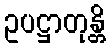
ဥပဋ္ဌာတုန္တိ